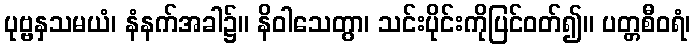
ပုဗ္ဗနှသမယံ၊ နံနက်အခါ၌။ နိဝါသေတွာ၊ သင်းပိုင်းကိုပြင်ဝတ်၍။ ပတ္တစီဝရံ၊